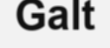
Galt